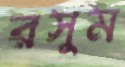
রসুম